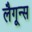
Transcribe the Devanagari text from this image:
लैगून्स